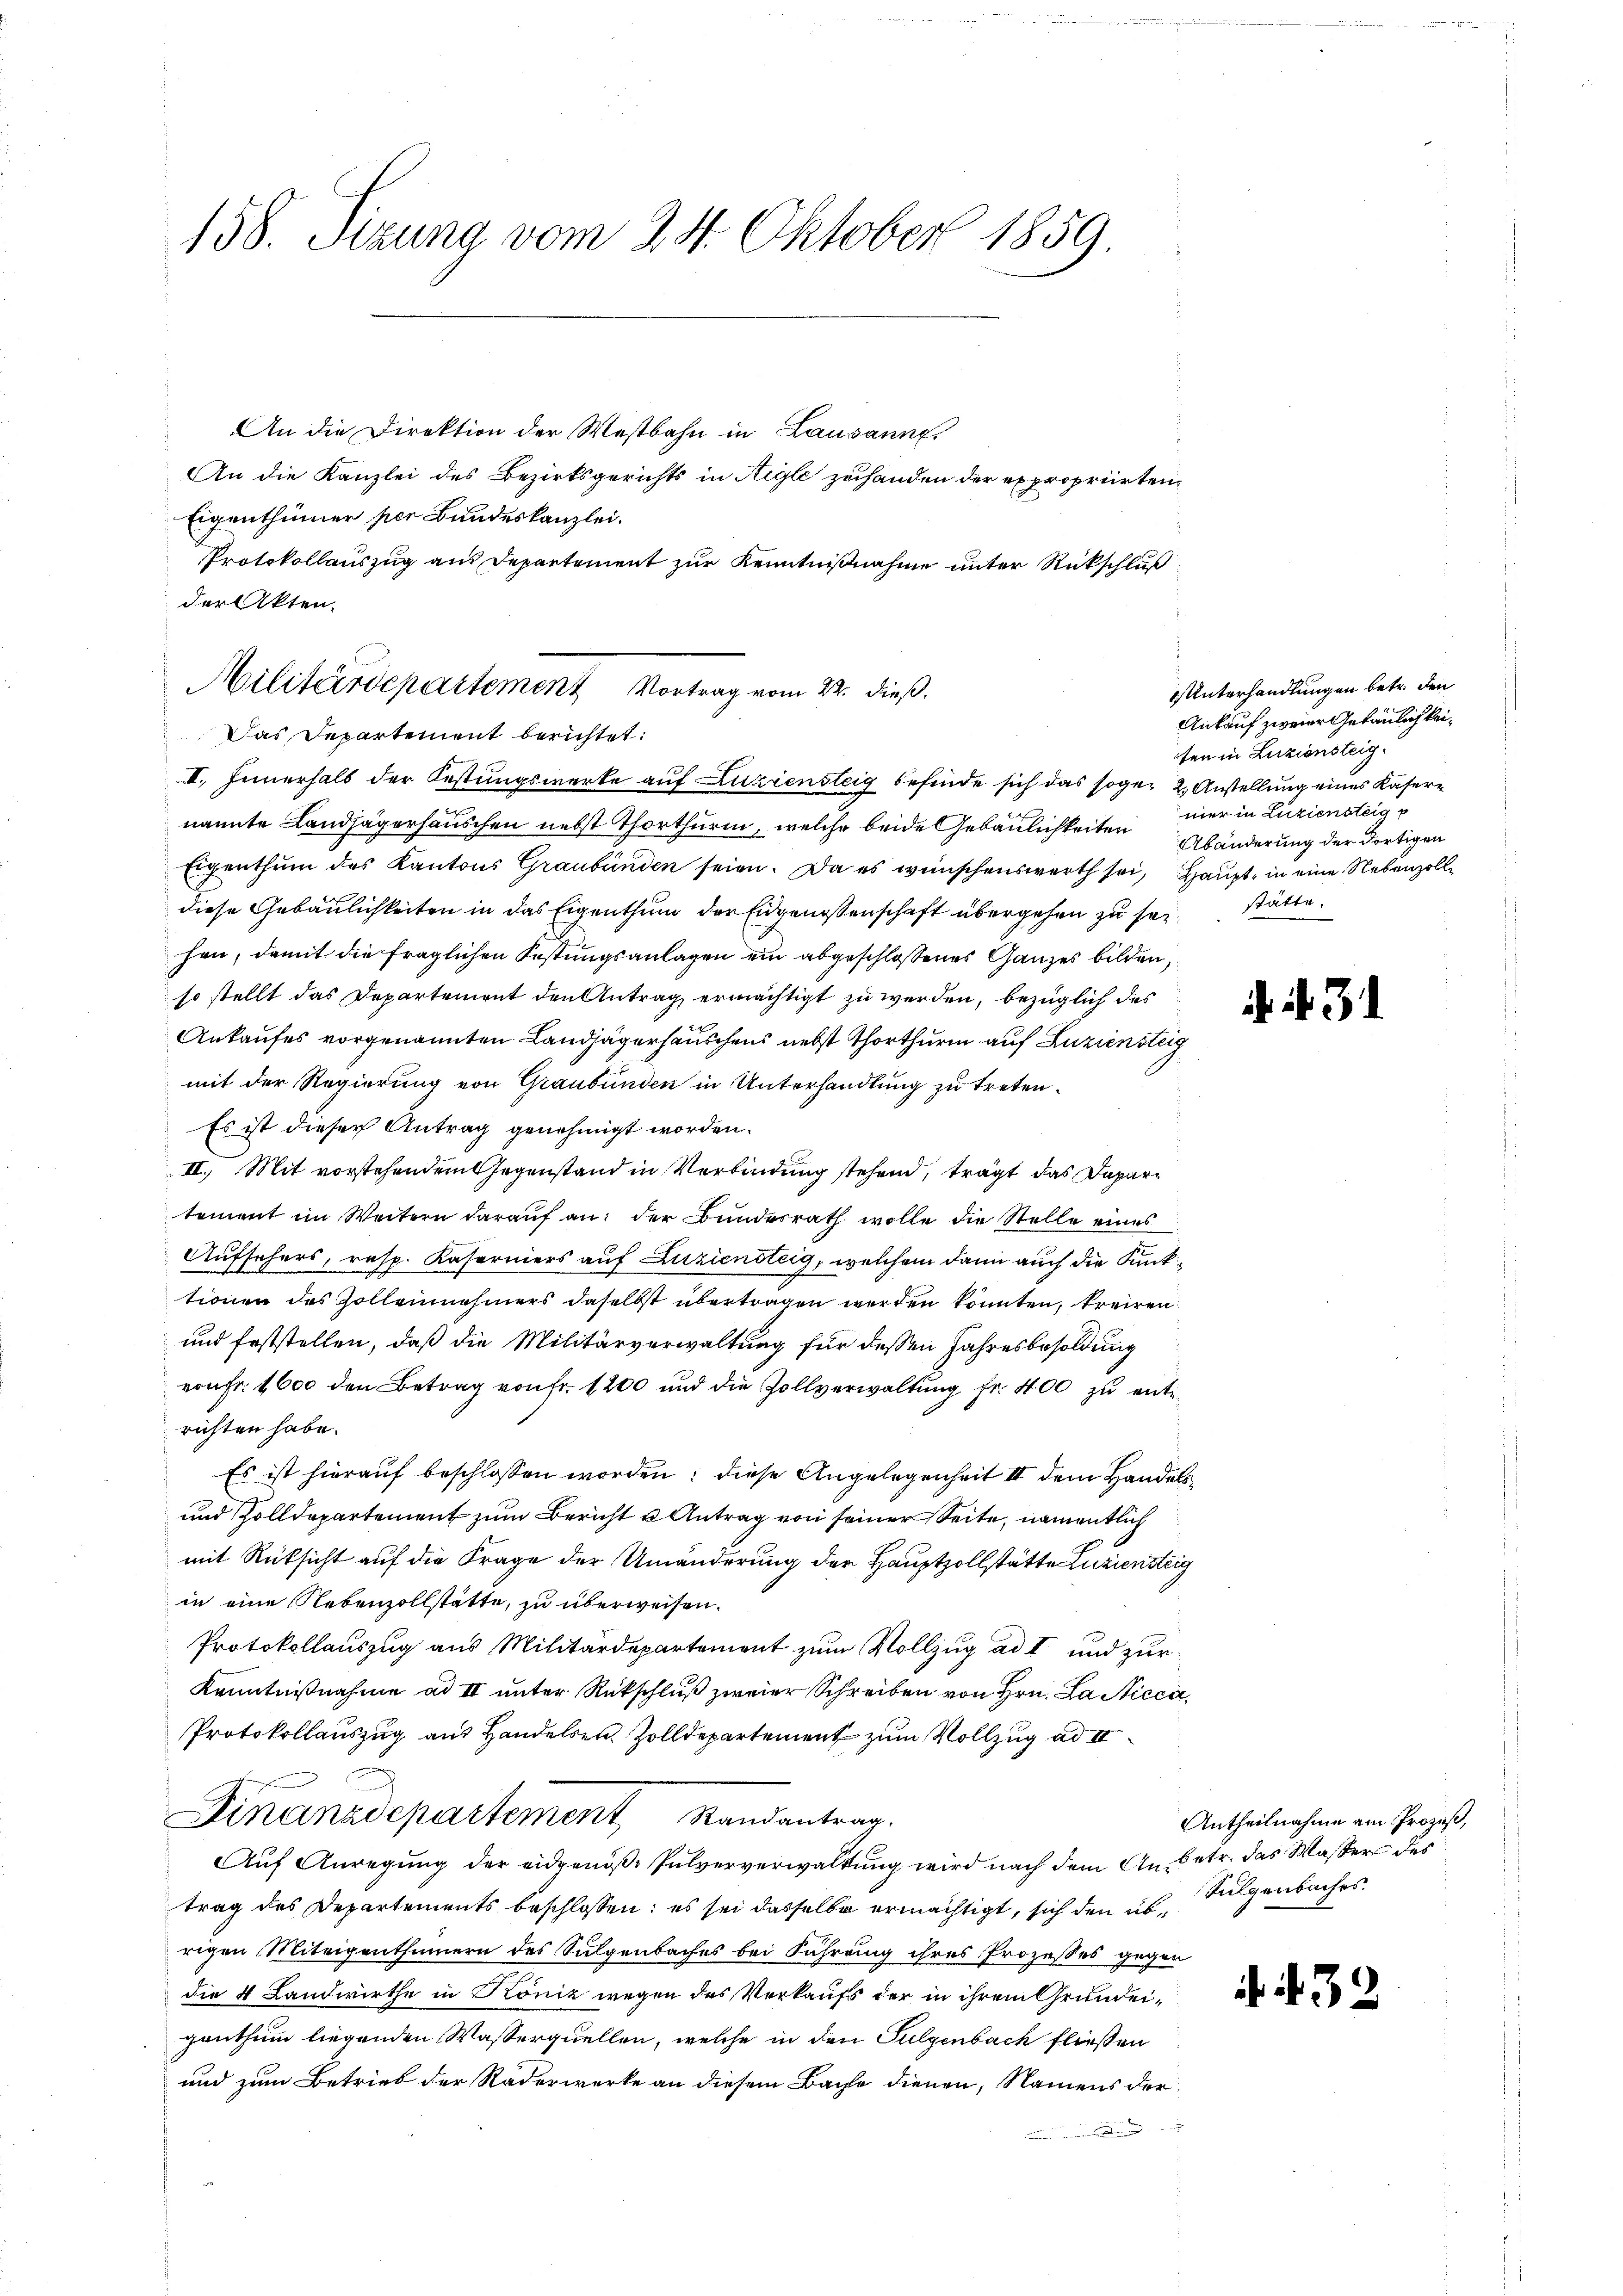
158. Sizung vom 24. Oktober 1859.

Militärdepartement Vortrag vom 22. dieß.
Das Departement berichtet:

An die Direktion der Westbahn in Lausannes
An die Kanzlei des Bezirksgerichts in Aigle zuhanden der expropriirten
Eigenthümer per Bundeskanzlei.
Protokollauszug aus Departement zur Kenntnißnahme unter Rückschluß
der Akten.
I. Innerhalb der Festungswerke auf Zuziensteig befinde sich das sogar 2. Anstellung eines Kasernannte Landjägerhäuschen nebst Thorthurm, welche beide Gebäulichkeiten
Eigenthum des Kantons Graubünden seien. Da es wünschenswerth sei, Haupt, in eine Nebenzolle
diese Gebäulichkeiten in das Eigenthum der Eidgenossenschaft übergehen zu seihen, damit die fraglichen Festungsanlagen ein abgeschlossenes Ganzes bilden,
so stellt das Departement den Antrag ermächtigt zu werden, bezüglich des
Ankaufes vorgenannten Landjägerhauschens nebst Thorthurm auf Zuziensteig
mit der Regierung von Graubünden in Unterhandlung zu treten.
Es ist dieser Antrag genehmigt worden.
II. Mit vorstehendem Gegenstand in Verbindung stehend, trägt das Dapartement im Weitern darauf an: der Bundesrath wolle die Stelle eines
Aufsehers, resp. Kaserniers auf Zuziensteig, welchem dann auch die Kunktionen des Zollennehmers daselbst übertragen werden könnten, kreiren
und feststellen, daß die Militärverwaltung für dessen Jahresbesoldung
vonFr. 1600 den Betrag von fr. 1200 und die Zollverwaltung fr. 400 zu entrichten habe.
Es ist hierauf beschlossen worden; diese Angelegenheit II dem Handels
und Zolldepartement zum Bericht u Antrag von seiner Seite, namentlich
mit Rüksicht auf die Frage der Umänderung der Hauptzollstätte Luziensteig
in eine Nebenzollstatte, zu überweisen.
Protokollauszug aus Militärdepartement zum Vollzug ad I und zur
Kenntnißnahme ad II unter Rückschluß zweier Schreiben von Hrn. La Nicca
Protokollauszug aus Handelsen Zolldepartement zum Vollzug ad 4
Finanzdepartement Randantrag.
Auf Anregung der eidgenöß- Pulververwaltung wird nach dem Anbetr. das Wasser der
trag des Departements beschlossen: es sei dasselbe ermächtigt, sich den übrigen Miteigenthümern des Sulgenbaches bei Führung ihres Prozeßes gegen
die 4 Landwirthe in Köniz wegen des Verkaufs der in ihrem Grundeigenthum liegenden Wasserquellen, welche in den Sulgenbach fließen
und zum Betrieb der Raderwerke an diesem Bache dienen, Namens der

Unterhandlungen betr. den
Ankauf zweier Gebäulich keiten in Luzionsteig.
mer in Luziensteig p
Abänderung der dortigen
stätte.

. 31

Antheilnahme am Prozeß,
Sulgenbaches.

if. 432